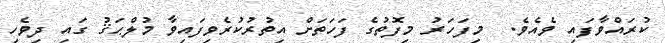
ކުރައްވާފައި ވެއެވެ.  މިފަހަރު މިފޮތުގެ ފަހަތަށް އިތުރުކުރެވިފައިވާ މުލްޙަޤު ގައި ދިވެހި